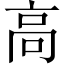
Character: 高